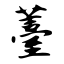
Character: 薹